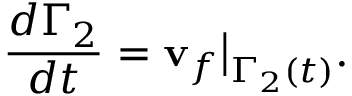
\frac { d \Gamma _ { 2 } } { d t } = \mathbf { v } _ { f } \big | _ { \Gamma _ { 2 } ( t ) } .